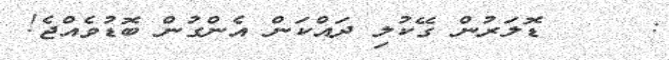
:     ޑޮލަރުން ގޭކުލި ދައްކަން އެންގުން ބޮޑުވެއްޖެ!